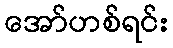
အော်ဟစ်ရင်း